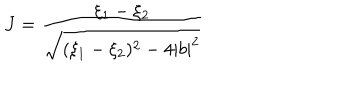
LaTeX: J = { \frac { \xi _ { 1 } - \xi _ { 2 } } { \sqrt { ( \xi _ { 1 } - \xi _ { 2 } ) ^ { 2 } - 4 | b | ^ { 2 } } } }